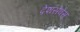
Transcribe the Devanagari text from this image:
देशसेवेस